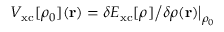
V _ { \mathrm { x c } } [ \rho _ { 0 } ] ( { \bf r } ) = \delta E _ { \mathrm { x c } } [ \rho ] \big / \delta \rho ( { \bf r } ) \big \vert _ { \rho _ { 0 } }